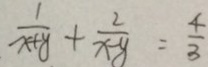
\frac { 1 } { x + y } + \frac { 2 } { x - y } = \frac { 4 } { 3 }